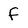
Character: f